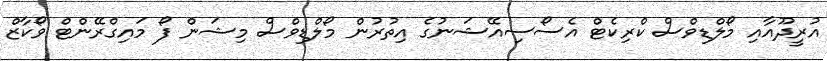
އުރީދޫއާއި މޯލްޑިވްސް ކްރިކެޓް އެސޯސިއޭޝަނުގެ އިތުރުން މޯލްޑިވްސް މިޝަން ފޯ މައިގްރޭންޓް ވޯކާޒް